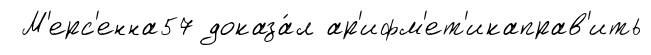
М'ерс'енна57 доказа́л ар'ифм'ет'икаправ'ить